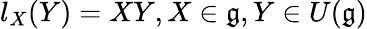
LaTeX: l_{X}(Y)=XY,X\in{\mathfrak{g}},Y\in U({\mathfrak{g}})